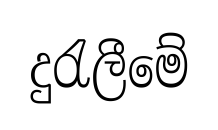
දුරැලීමේ